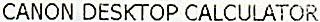
CANON DESKTOP CALCULATOR